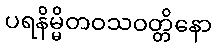
ပရနိမ္မိတဝသဝတ္တိနော